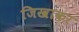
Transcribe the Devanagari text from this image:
जिखाकर